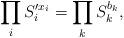
LaTeX: \begin{align*}\prod_i S'^{x_i}_i=\prod_k S^{b_k}_k,\end{align*}